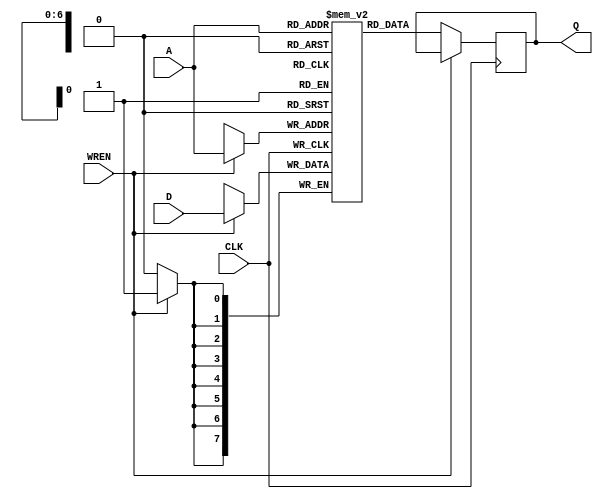
module RAM78 (	output reg [7:0] Q,	//out
				input [7:0] D,  //writedata
				input [6:0] A,  //addr
				input CLK,
				input WREN );	//
	reg[7:0] mem[127:0] /* synthesis ram_init_file="Mif2.mif" */;
//	reg [7:0] Q;
	always @(posedge CLK)
		if (WREN) mem[A] <=D;
		else	Q <= mem[A];	//WREN1RAMWREN0RAM
//	assign Q = mem[A];
endmodule